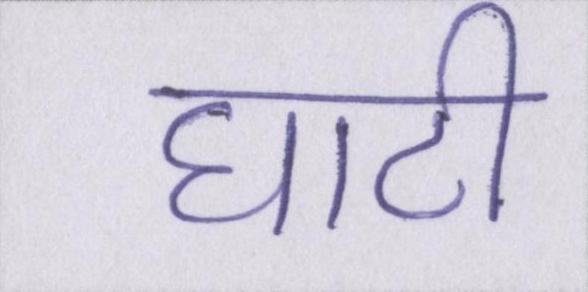
घाटी